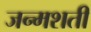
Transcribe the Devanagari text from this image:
जन्‍मशती